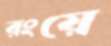
রংয়ে